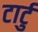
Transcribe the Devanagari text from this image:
टार्टु